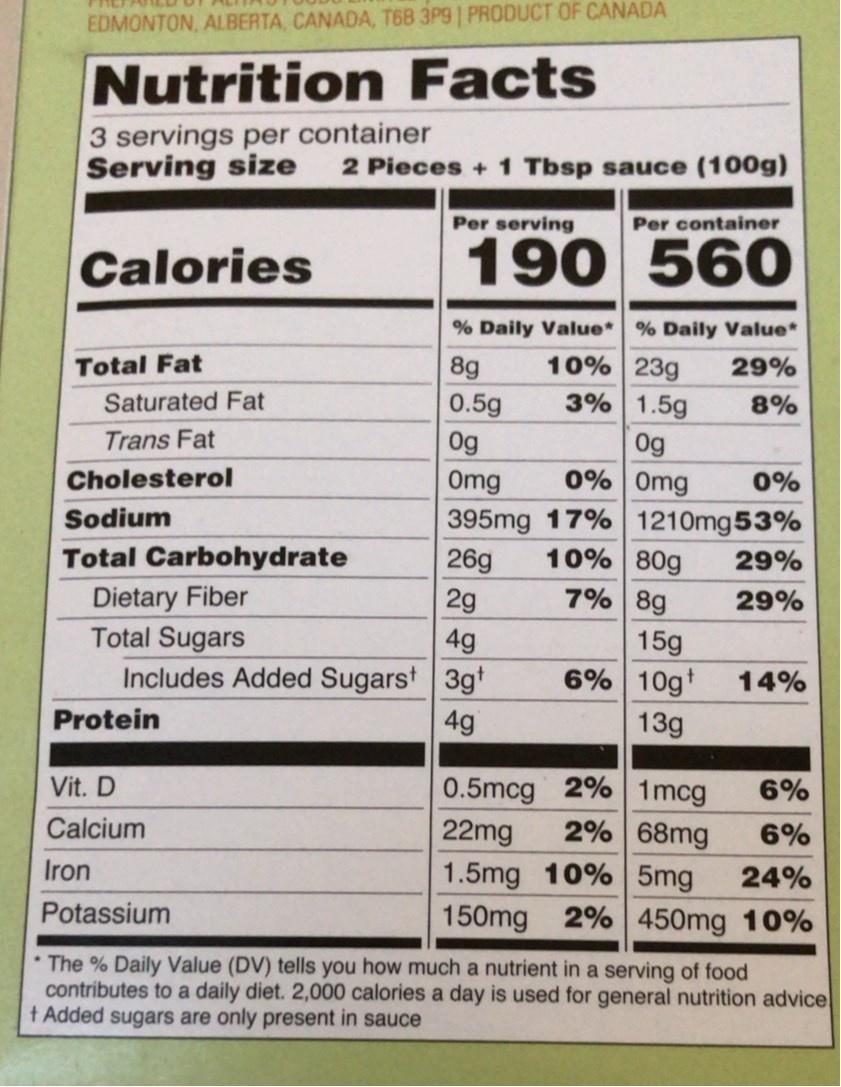
EDMONTON, ALBERTA, CANADA, T6B 3P9| PRODUCT OF CANADA
Nutrition Facts
3 servings per container Serving size 2 Pieces + 1 Tbsp sauce (100g)
Per serving
Per container
Calories
190
560
% Daily Value* % Daily Value*
Total Fat
10% 23g
8g 0.5g 0g Omg
29%
Saturated Fat
3% 1.5g
8%
Trans Fat
0g 0% Omg
Cholesterol
0%
395mg 17% 1210mg53% 26g
Sodium
Total Carbohydrate
10% 80g
29%
Dietary Fiber Total Sugars Includes Added Sugarst 3gt
2g
7% 8g
29%
4g
15g
6% 10gt
14%
Protein
4g
13g
0.5mcg 2% 1mcg 2% 68mg 1.5mg 10% 5mg 150mg 2% 450mg 10%
Vit. D
6%
Calcium
22mg
6%
Iron
24%
Potassium
* The % Daily Value (DV) tells you how much a nutrient in a serving of food contributes to a daily diet. 2,000 calories a day is used for general nutrition advice t Added sugars are only present in sauce